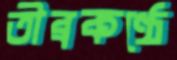
তীব্রকণ্ঠে